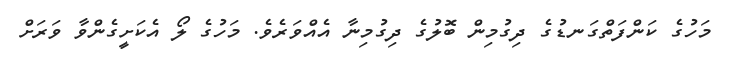
މަހުގެ ކަންފަތްގަނޑުގެ ދިގުމިން ބޮލުގެ ދިގުމިނާ އެއްވަރެވެ. މަހުގެ ލޯ އެކަށީގެންވާ ވަރަށް